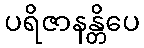
ပရိဇာနန္တိပေ